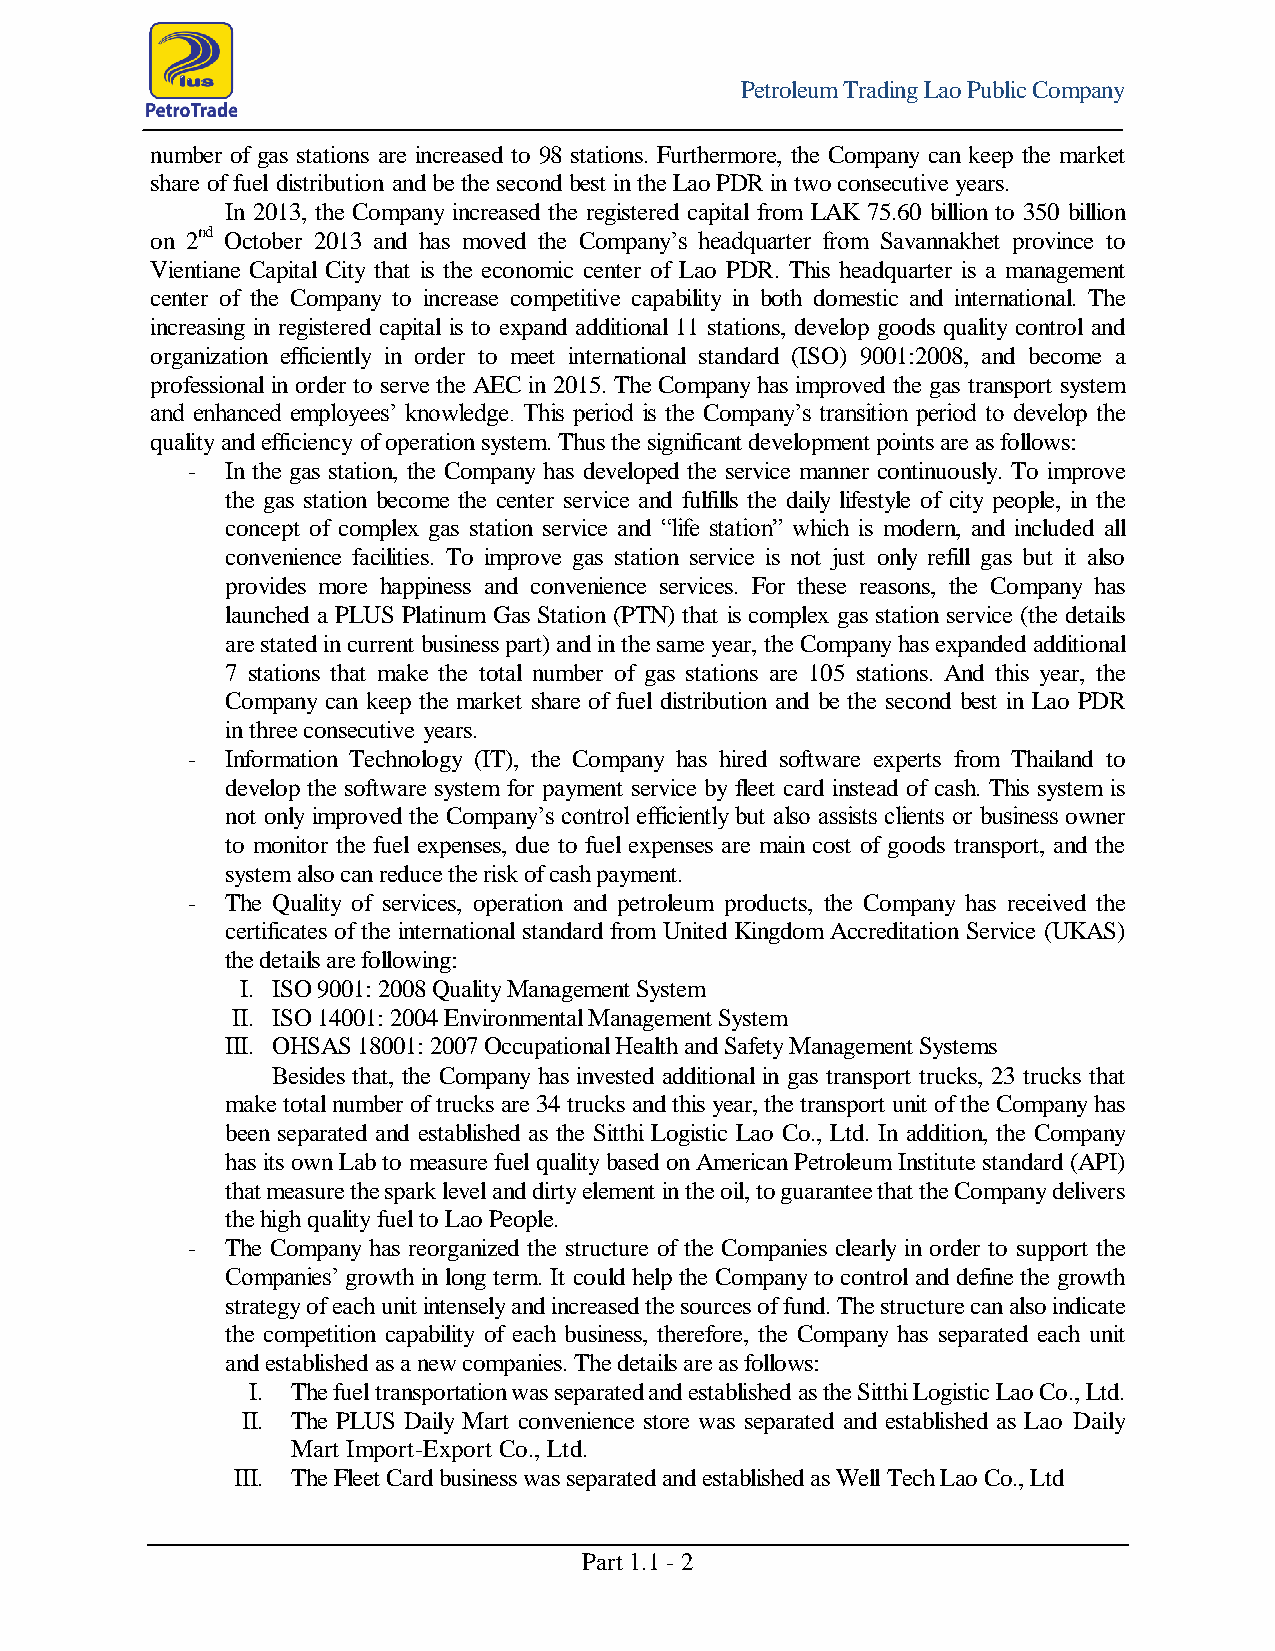
Petroleum Trading Lao Public Company
 number of gas stations are increased to 98 stations. Furthermore, the Company can keep the market
 share of fuel distribution and be the second best in the Lao PDR in two consecutive years.
 In 2013, the Company increased the registered capital from LAK 75.60 billion to 350 billion
 on 2nd October 2013 and has moved the Company’s headquarter from Savannakhet province to
 Vientiane Capital City that is the economic center of Lao PDR. This headquarter is a management
 center of the Company to increase competitive capability in both domestic and international. The
 increasing in registered capital is to expand additional 11 stations, develop goods quality control and
 organization efficiently in order to meet international standard (ISO) 9001:2008, and become a
 professional in order to serve the AEC in 2015. The Company has improved the gas transport system
 and enhanced employees’ knowledge. This period is the Company’s transition period to develop the
 quality and efficiency of operation system. Thus the significant development points are as follows:
 -  In the gas station, the Company has developed the service manner continuously. To improve
 the gas station become the center service and fulfills the daily lifestyle of city people, in the
 concept of complex gas station service and “life station” which is modern, and included all
 convenience facilities. To improve gas station service is not just only refill gas but it also
 provides more happiness and convenience services. For these reasons, the Company has
 launched a PLUS Platinum Gas Station (PTN) that is complex gas station service (the details
 are stated in current business part) and in the same year, the Company has expanded additional
 7 stations that make the total number of gas stations are 105 stations. And this year, the
 Company can keep the market share of fuel distribution and be the second best in Lao PDR
 in three consecutive years.
 -  Information Technology (IT), the Company has hired software experts from Thailand to
 develop the software system for payment service by fleet card instead of cash. This system is
 not only improved the Company’s control efficiently but also assists clients or business owner
 to monitor the fuel expenses, due to fuel expenses are main cost of goods transport, and the
 system also can reduce the risk of cash payment.
 -  The Quality of services, operation and petroleum products, the Company has received the
 certificates of the international standard from United Kingdom Accreditation Service (UKAS)
 the details are following:
 I. ISO 9001: 2008 Quality Management System
 II. ISO 14001: 2004 Environmental Management System
 III. OHSAS 18001: 2007 Occupational Health and Safety Management Systems
 Besides that, the Company has invested additional in gas transport trucks, 23 trucks that
 make total number of trucks are 34 trucks and this year, the transport unit of the Company has
 been separated and established as the Sitthi Logistic Lao Co., Ltd. In addition, the Company
 has its own Lab to measure fuel quality based on American Petroleum Institute standard (API)
 that measure the spark level and dirty element in the oil, to guarantee that the Company delivers
 the high quality fuel to Lao People.
 -  The Company has reorganized the structure of the Companies clearly in order to support the
 Companies’ growth in long term. It could help the Company to control and define the growth
 strategy of each unit intensely and increased the sources of fund. The structure can also indicate
 the competition capability of each business, therefore, the Company has separated each unit
 and established as a new companies. The details are as follows:
 I. The fuel transportation was separated and established as the Sitthi Logistic Lao Co., Ltd.
 II. The PLUS Daily Mart convenience store was separated and established as Lao Daily
 Mart Import-Export Co., Ltd.
 III. The Fleet Card business was separated and established as Well Tech Lao Co., Ltd
 Part 1.1 - 2